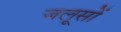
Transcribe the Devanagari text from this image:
जलूसों